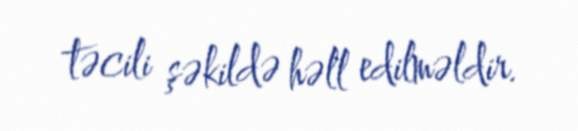
təcili şəkildə həll edilməldir.